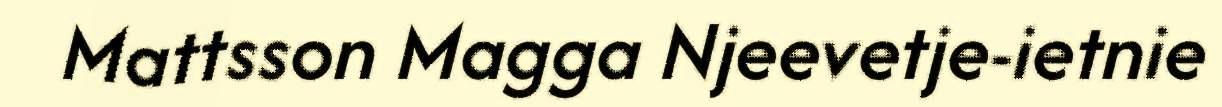
Mattsson Magga Njeevetje-ietnie